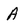
Character: A